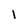
Character: 1